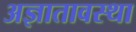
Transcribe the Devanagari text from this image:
अज्ञातावस्था